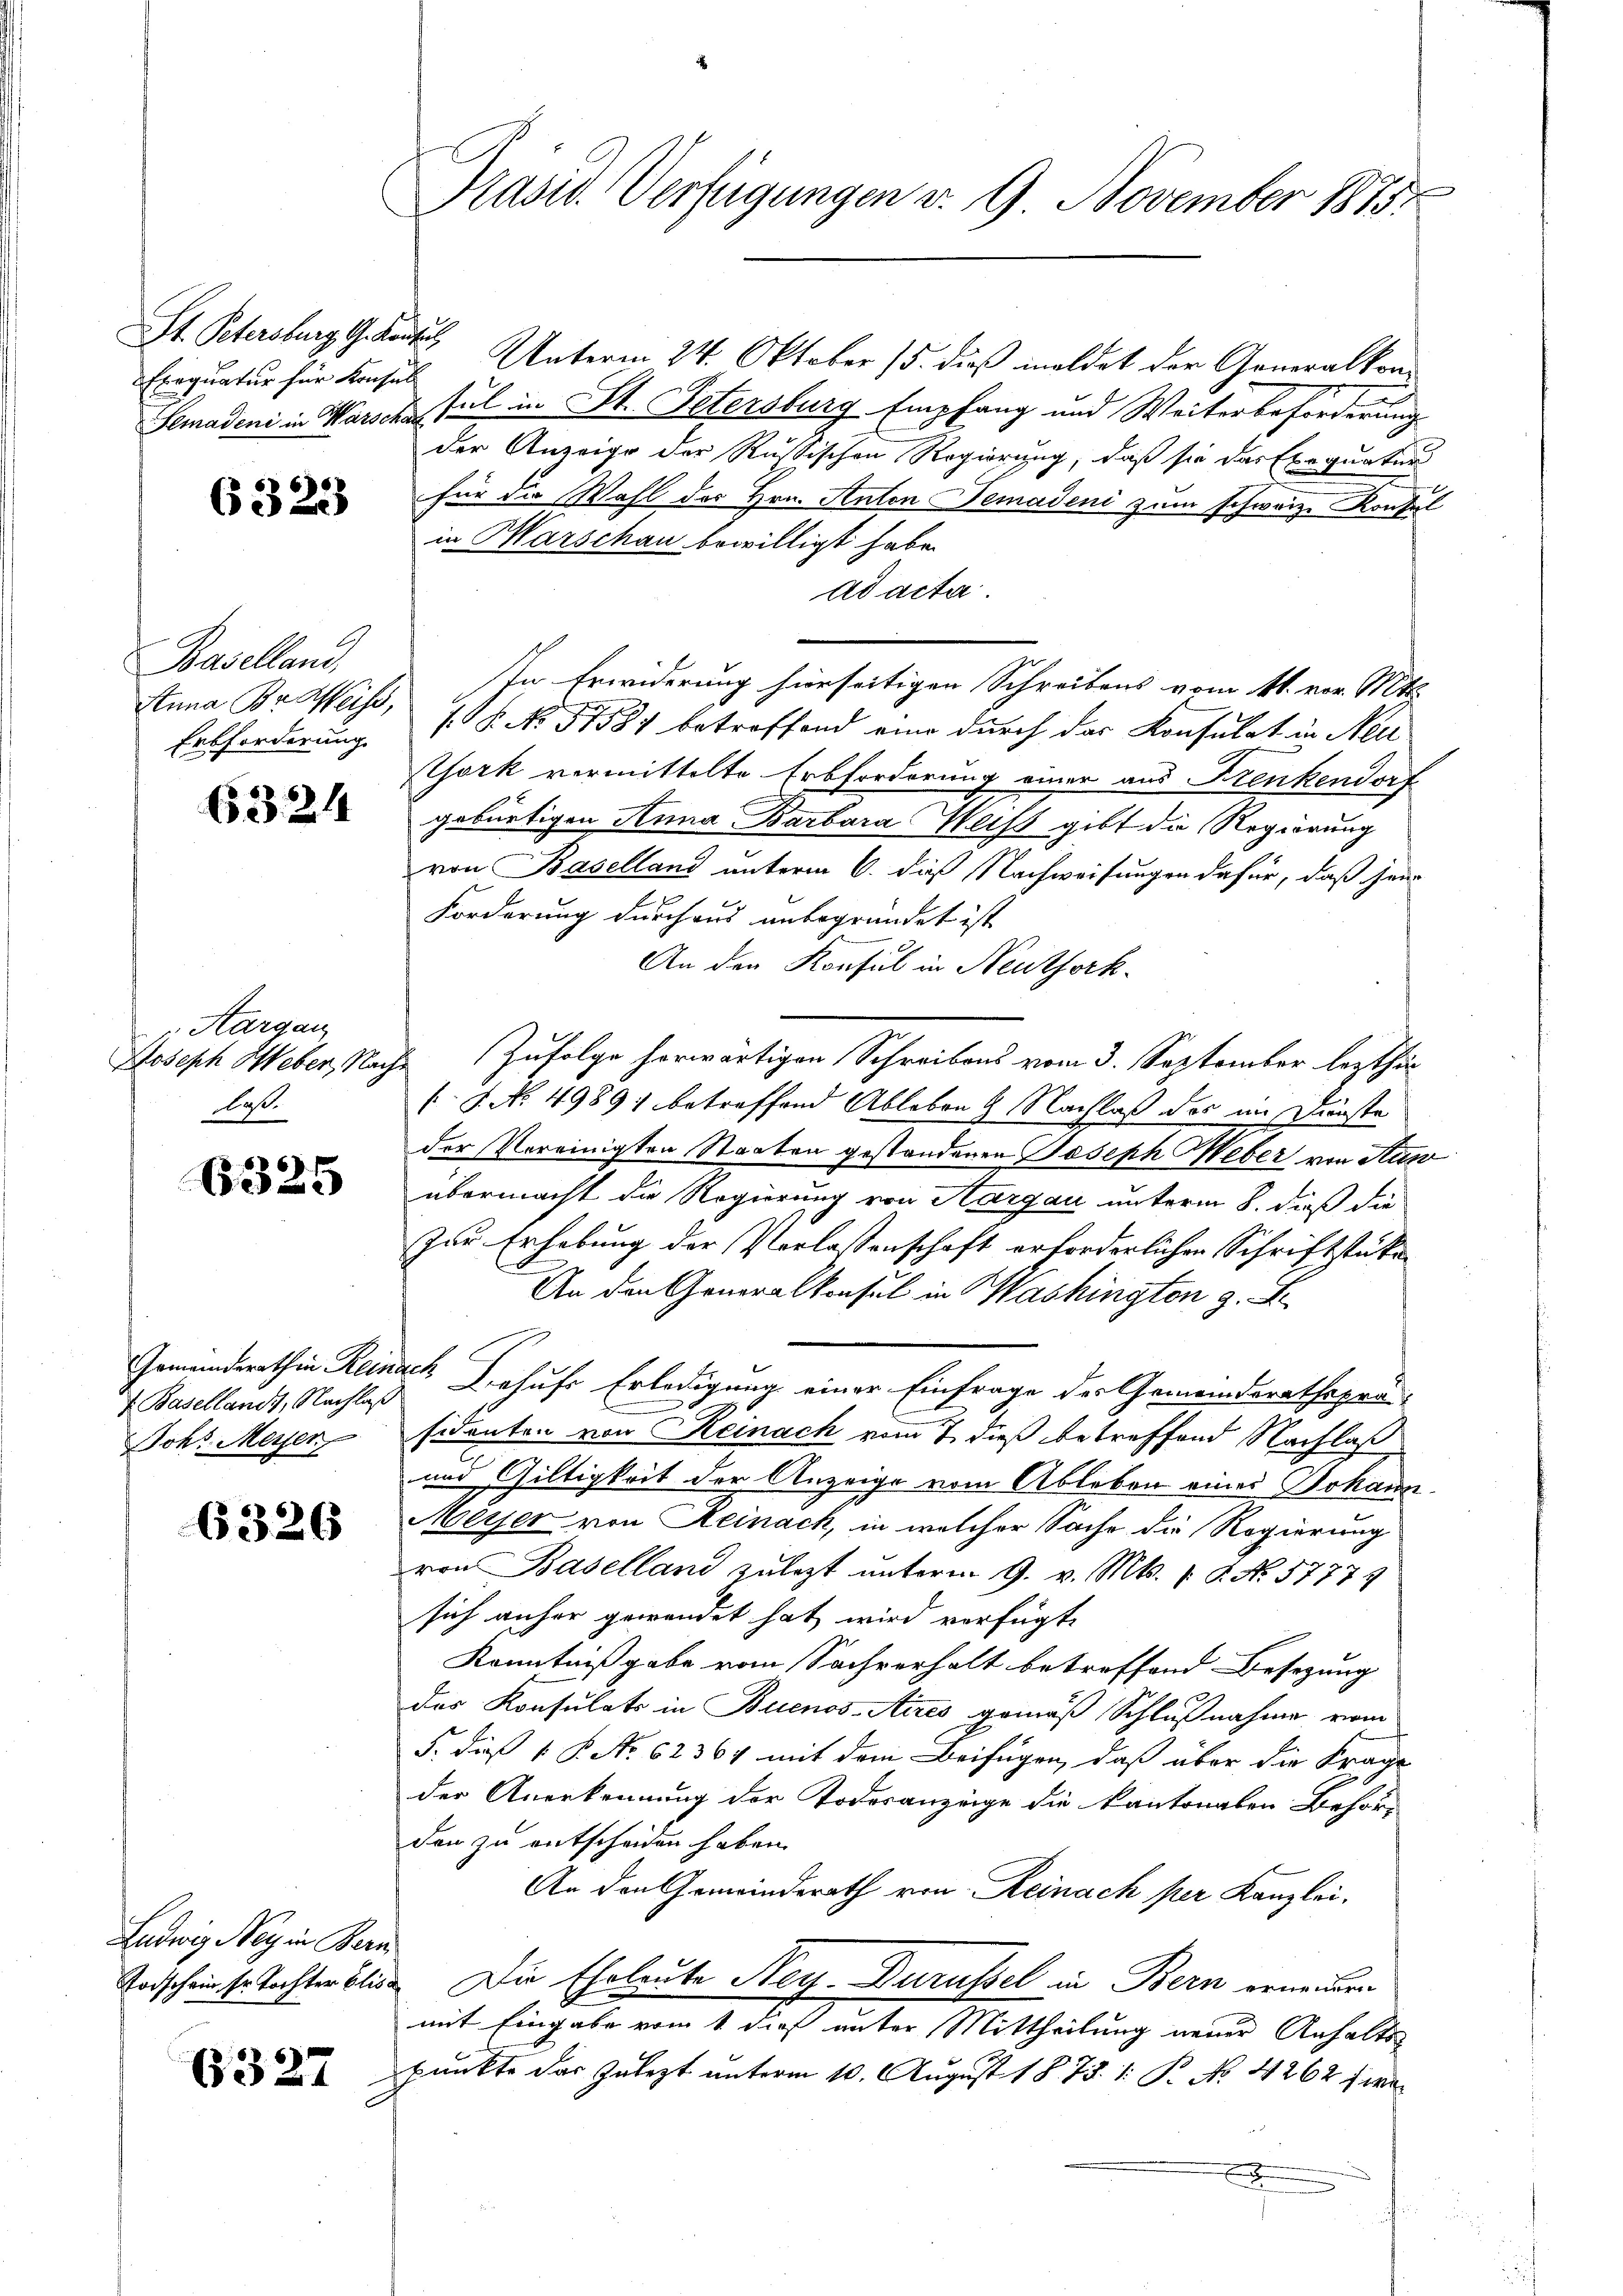
St. Petersburg G. Kant
Exequatur für Konsul

6323

Baselland,
Erbforderung.

63. 244

Aargau
Joseph Heber, Nach
laß.

6325

f Basellandt, Nachlaß
Joh: Messen

6326

Ludwig Ney in Bern
Todschein sr Tochter Blis¬

6327

Präsid. Verfügungen v. 9. November 1875.

Unterm 24. Oktober 15. dieß meldet der Generalkon¬
Lemaden in Warsche sul in St. Petersburg Empfang und Weiterbeförderung
der Anzeige der Russischen Regierung, daß sie das Exequaturs
für die Wahl des Hrn. Anton Bemadeni zum schweiz. Konsul
in Marschau bewilligt habe.
ad acta.
Anna Br. Weise, 18. No. 51581 betreffend eine durch der Konsulat in Neu
Tork vermittelte Erbforderung einer aus Krenkendorf
gebürtigen Anna Barbara Weiss gibt die Regierung
von Baselland unterm 6. dieß Nachweisungen dafür, daß sei
Forderung durchaus unbegründet ist.
An den Konsul in Neuthork
 Zufolge herwärtigen Schreibens vom 3. September lezthi
 No. 4989; betreffend Ableben 9 Nachlaß der im Dunste
der Vereinigten Staaten gestandenen Joseph Weber von Sus
übermacht die Regierung von Aargau unterm 8. daß die
Zur Erhebung der Verlassenschaft erforderlichen Schriftstüke
An den Generalkonsul in Washingten z. B.
Gemeinderathen Reinach Behufs Erledigung einer Einfrage der Gemeinderathsprä-
sidenten von Reinach vom 7. dieß betreffend Nachlaß
und Giltigkeit der Anzeige vom Ableben eines Johann
Meyer von Reinach, in welcher Sache die Regierung
von Baselland zulezt unterm 9. v. Mts. 1 P. Nr. 57774
sich anher gewendet hat wird verfügt,
Kenntnißgabe vom Sachverhalt betreffend Besetzung
das Konsulats in Buenos-Aires gemäß Schlußnahme vom
5. dieß 1 S. No 62364 mit dem Beifügen, daß über die Frage
der Anerkennung der Todesanzeige die Kantonalen Behör-
den zu entscheiden haben.
An den Gemeinderath von Reinach per Kanzlei-
 Die Eheleute Ney-Durüssel in Bern erneuern
mit Eingabe vom 1 dieß unter Mittheilung neuer Anhaltspunkte das Zulezt unterm 10. August 1878. 1. P. No. 4262 fwe¬
.

In Erwiderung hierseitigen Schreibens vom 11. vor. Mtt.